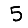
Digit: 5